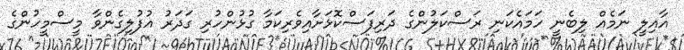
އާއިލީ ނަމެއް ލިބެނީ ހަމައެކަނި ރަސްކަލުންގެ ދަރިފަސްކޮޅަށާއިވެރިކަމާ ގުޅުންހުރި ގަދަރު އުފުލިގެންވާ މީސްމީހުންގެ